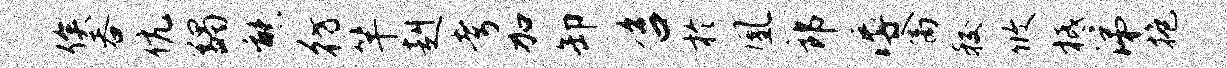
俟吞伉蠲熊彷竿赳考加卸咨於凰郎溽禽较攸柢涕抱